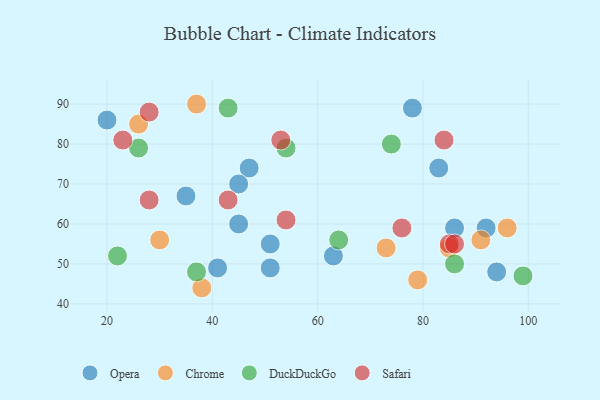
{"axis": {"x": "GDP", "y": "Life Expectancy"}, "legend": ["Chrome", "DuckDuckGo", "Opera", "Safari"], "data": [{"x": "83", "y": 74, "type": "Opera"}, {"x": "92", "y": 59, "type": "Opera"}, {"x": "35", "y": 67, "type": "Opera"}, {"x": "45", "y": 60, "type": "Opera"}, {"x": "20", "y": 86, "type": "Opera"}, {"x": "51", "y": 49, "type": "Opera"}, {"x": "51", "y": 55, "type": "Opera"}, {"x": "86", "y": 59, "type": "Opera"}, {"x": "47", "y": 74, "type": "Opera"}, {"x": "94", "y": 48, "type": "Opera"}, {"x": "63", "y": 52, "type": "Opera"}, {"x": "41", "y": 49, "type": "Opera"}, {"x": "45", "y": 70, "type": "Opera"}, {"x": "78", "y": 89, "type": "Opera"}, {"x": "26", "y": 85, "type": "Chrome"}, {"x": "91", "y": 56, "type": "Chrome"}, {"x": "38", "y": 44, "type": "Chrome"}, {"x": "73", "y": 54, "type": "Chrome"}, {"x": "37", "y": 90, "type": "Chrome"}, {"x": "96", "y": 59, "type": "Chrome"}, {"x": "85", "y": 54, "type": "Chrome"}, {"x": "30", "y": 56, "type": "Chrome"}, {"x": "79", "y": 46, "type": "Chrome"}, {"x": "37", "y": 48, "type": "DuckDuckGo"}, {"x": "26", "y": 79, "type": "DuckDuckGo"}, {"x": "43", "y": 89, "type": "DuckDuckGo"}, {"x": "64", "y": 56, "type": "DuckDuckGo"}, {"x": "54", "y": 79, "type": "DuckDuckGo"}, {"x": "99", "y": 47, "type": "DuckDuckGo"}, {"x": "74", "y": 80, "type": "DuckDuckGo"}, {"x": "86", "y": 50, "type": "DuckDuckGo"}, {"x": "22", "y": 52, "type": "DuckDuckGo"}, {"x": "28", "y": 88, "type": "Safari"}, {"x": "84", "y": 81, "type": "Safari"}, {"x": "54", "y": 61, "type": "Safari"}, {"x": "28", "y": 66, "type": "Safari"}, {"x": "76", "y": 59, "type": "Safari"}, {"x": "85", "y": 55, "type": "Safari"}, {"x": "53", "y": 81, "type": "Safari"}, {"x": "43", "y": 66, "type": "Safari"}, {"x": "23", "y": 81, "type": "Safari"}, {"x": "86", "y": 55, "type": "Safari"}]}